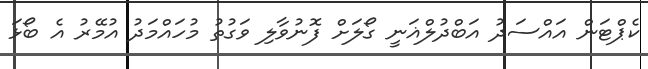
ކެޕްޓަން އައްސަދު އަބްދުލްޣަނީ ގޯލަށް ފޮނުވާލި ވަގުތު މުހައްމަދު އުމޭރު އެ ބޯޅަ